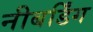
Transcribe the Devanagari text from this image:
नीबर्डिंग